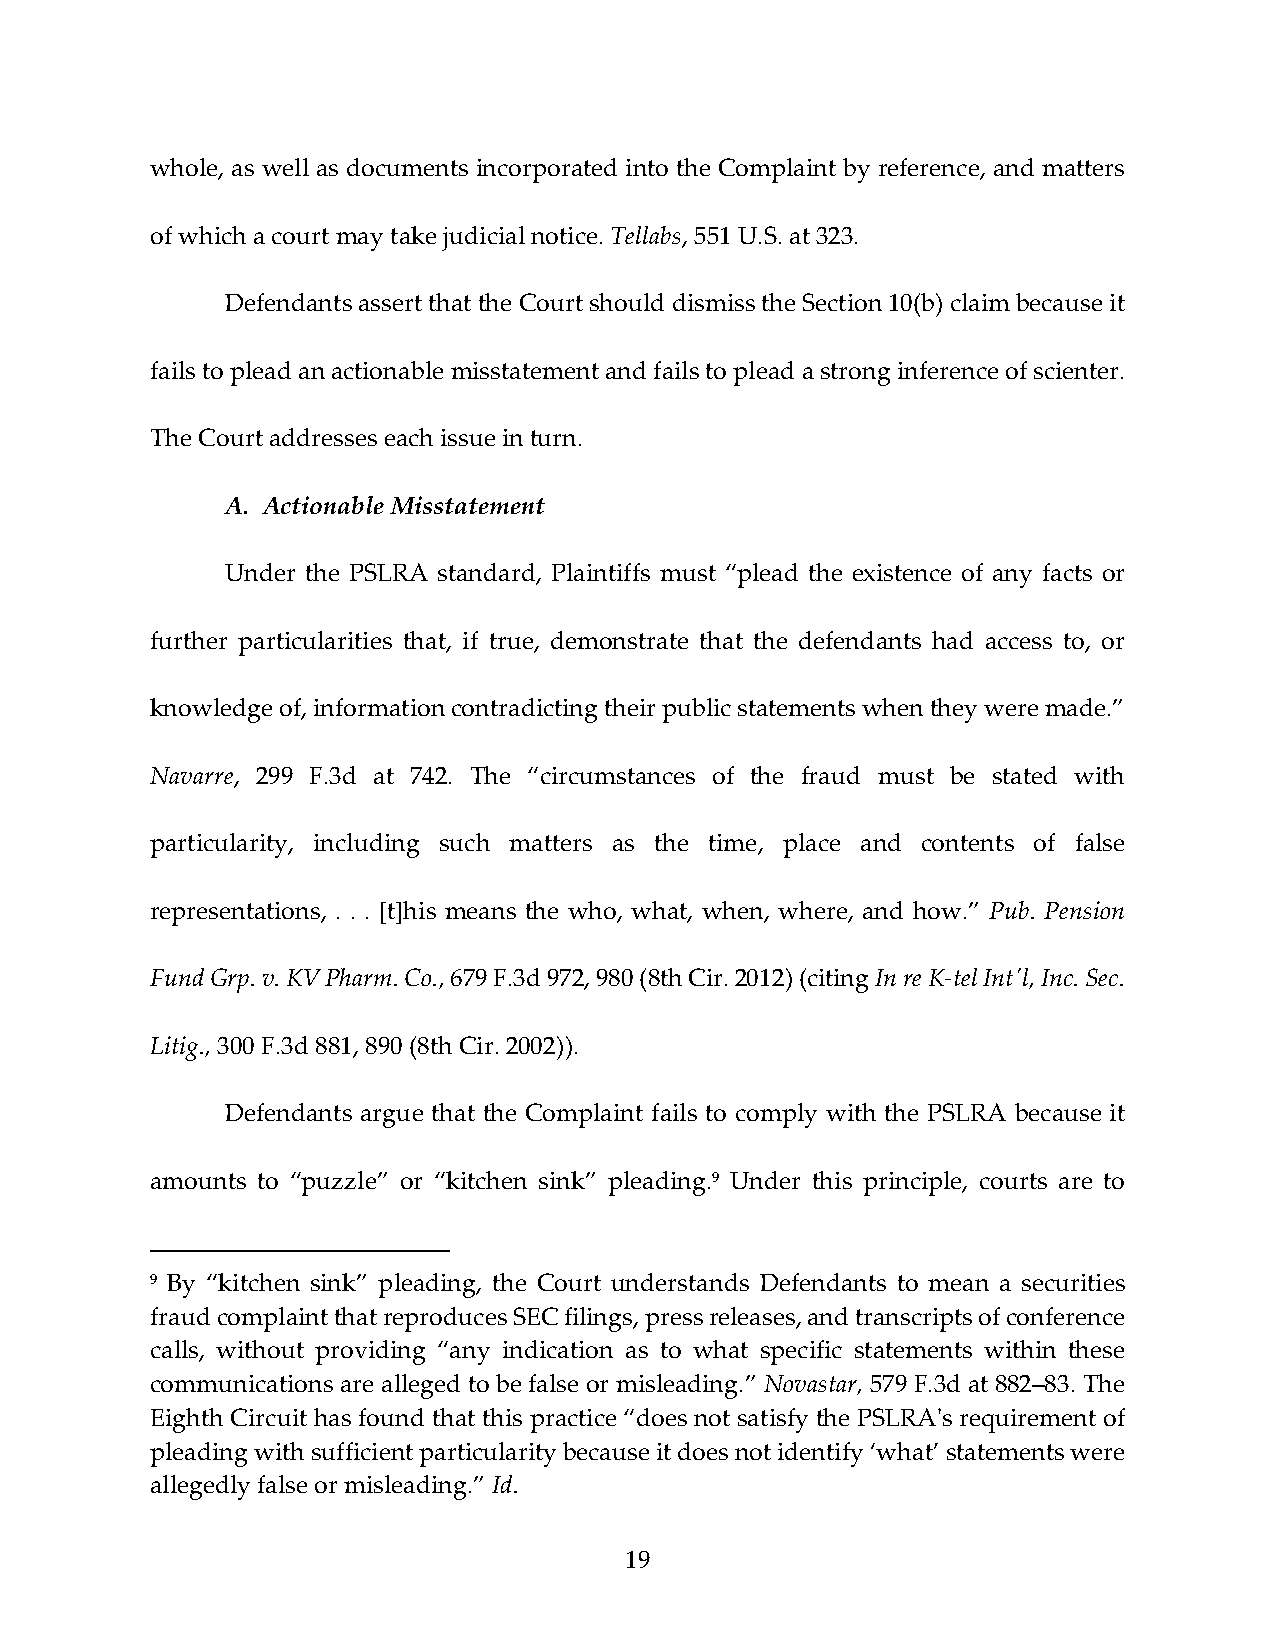
whole, as well as documents incorporated into the Complaint by reference, and matters
 of which a court may take judicial notice. Tellabs, 551 U.S. at 323.
 Defendants assert that the Court should dismiss the Section 10(b) claim because it
 fails to plead an actionable misstatement and fails to plead a strong inference of scienter.
 The Court addresses each issue in turn.
 A. Actionable Misstatement
 Under the PSLRA standard, Plaintiffs must “plead the existence of any facts or
 further particularities that, if true, demonstrate that the defendants had access to, or
 knowledge of, information contradicting their public statements when they were made.”
 Navarre, 299 F.3d at 742. The “circumstances of the fraud must be stated with
 particularity, including such matters as the time, place and contents of false
 representations, . . . [t]his means the who, what, when, where, and how.” Pub. Pension
 Fund Grp. v. KV Pharm. Co., 679 F.3d 972, 980 (8th Cir. 2012) (citing In re K‐tel Intʹl, Inc. Sec.
 Litig., 300 F.3d 881, 890 (8th Cir. 2002)).
 Defendants argue that the Complaint fails to comply with the PSLRA because it
 amounts to “puzzle” or “kitchen sink” pleading.9 Under this principle, courts are to
 9 By “kitchen sink” pleading, the Court understands Defendants to mean a securities
 fraud complaint that reproduces SEC filings, press releases, and transcripts of conference
 calls, without providing “any indication as to what specific statements within these
 communications are alleged to be false or misleading.” Novastar, 579 F.3d at 882–83. The
 Eighth Circuit has found that this practice “does not satisfy the PSLRAʹs requirement of
 pleading with sufficient particularity because it does not identify ‘what’ statements were
 allegedly false or misleading.” Id.
 19